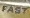
FAST